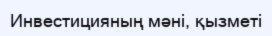
Инвестицияның мәні, қызметі